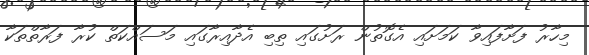
މިހާރު ފަށާފައިވާ ކަމަށައި އެގޮތުން ރަށުގައި ތިބި އެދާއިރާގައި މަސައްކަތް ކުރާ ފަރާތްތަކާ